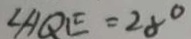
\angle A Q E = 2 8 ^ { \circ }